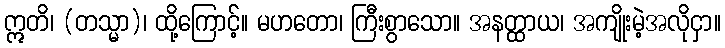
ဣတိ၊ (တသ္မာ)၊ ထို့ကြောင့်။ မဟတော၊ ကြီးစွာသော။ အနတ္ထာယ၊ အကျိုးမဲ့အလိုငှာ။